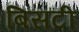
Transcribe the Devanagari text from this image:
बिसटी